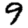
Digit: 9